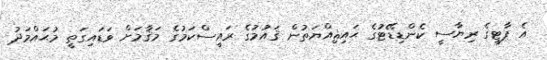
އެ ޕާޓީގެ ރިޔާސީ ކެންޑިޑޭޓުގެ ޙައިޘިއްޔަތުން ޤައުމުގެ ރައީސްކަމުގެ މަޤާމަށް ވަޑައިގަތީ މުޙައްމަދު